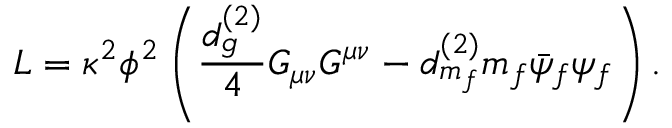
{ \cal L } = \kappa ^ { 2 } \phi ^ { 2 } \left( \frac { d _ { g } ^ { ( 2 ) } } { 4 } G _ { \mu \nu } G ^ { \mu \nu } - d _ { m _ { f } } ^ { ( 2 ) } m _ { f } \bar { \psi } _ { f } \psi _ { f } \right) .